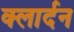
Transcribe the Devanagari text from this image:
क्लार्दन